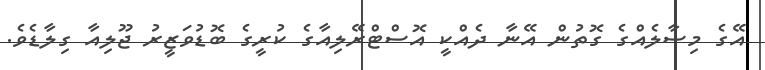
އޭގެ މިސާލެއްގެ ގޮތުން އޭނާ ދެއްކީ އޮސްޓްރޭލިއާގެ ކުރީގެ ބޮޑުވަޒީރު ޖޫލިއާ ގިލާޑެވެ.